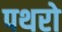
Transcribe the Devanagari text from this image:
पथरो